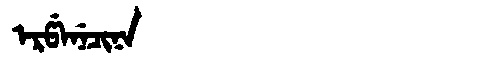
Manchu: ᡝᡵᡦᡝᠨᡝᠴᡳᠨᠠ
Romanization: ERPENECINA